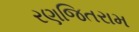
રણજિતરામ